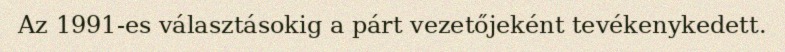
Az 1991-es választásokig a párt vezetőjeként tevékenykedett.